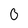
Character: 0